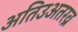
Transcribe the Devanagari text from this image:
अतिउअतरव्र